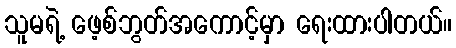
သူမရဲ့ ဖေ့စ်ဘွတ်အကောင့်မှာ ရေးထားပါတယ်။